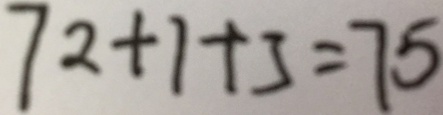
7 2 + 1 + 3 = 7 5